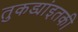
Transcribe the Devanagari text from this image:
तुकड्यांइतकी